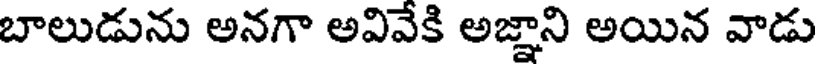
బాలుడును అనగా అవివేకి అజ్ఞాని అయిన వాడు